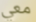
معي